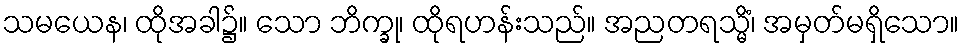
သမယေန၊ ထိုအခါ၌။ သော ဘိက္ခု၊ ထိုရဟန်းသည်။ အညတရသ္မိံ၊ အမှတ်မရှိသော။